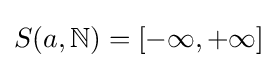
S(a,\mathbb {N} )=[-\infty ,+\infty ]